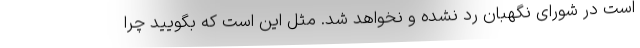
است در شورای نگهبان رد نشده و نخواهد شد. مثل این است که بگویید چرا